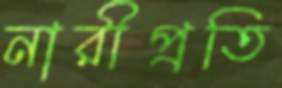
নারীপ্রতি